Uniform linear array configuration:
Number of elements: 12
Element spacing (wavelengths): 0.75
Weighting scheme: exponential
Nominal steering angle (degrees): -30
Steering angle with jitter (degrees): -28.218
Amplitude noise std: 0.05
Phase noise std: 0.05

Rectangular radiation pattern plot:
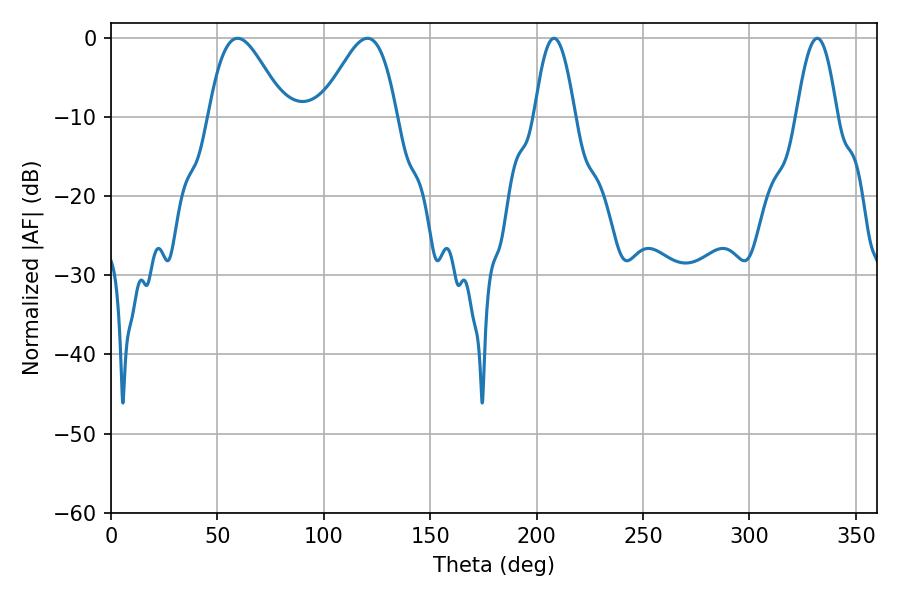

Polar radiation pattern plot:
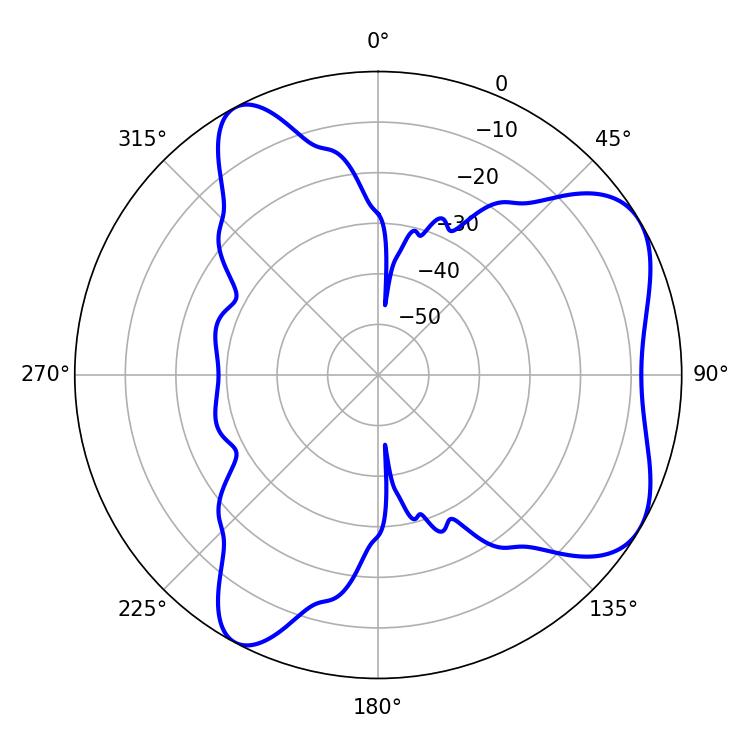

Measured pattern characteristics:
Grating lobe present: TRUE
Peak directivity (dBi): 6.122
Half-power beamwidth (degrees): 19.08
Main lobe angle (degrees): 59.4